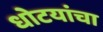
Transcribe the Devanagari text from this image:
धोटयांचा